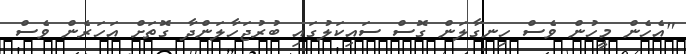
"އެހެން މީހުން ވެސް ހިނގާލަން ގޮސް ސައިކަލުގައި ބުރުޖަހާލަންދާ ގޮތަށް އަހަރެން ވެސް